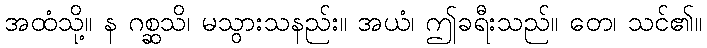
အထံသို့။ န ဂစ္ဆသိ၊ မသွားသနည်း။ အယံ၊ ဤခရီးသည်။ တေ၊ သင်၏။